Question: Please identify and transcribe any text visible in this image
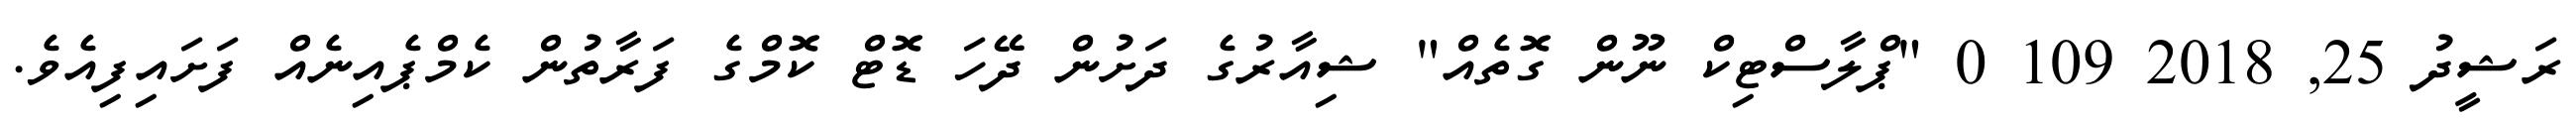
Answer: ރަޝީދު 25, 2018 109 0 "ޕްލާސްޓިކް ނޫން ގޮތެއް" ޝިއާރުގެ ދަށުން ދޭހަ ޑޮޓް ކޮމްގެ ފަރާތުން ކެމްޕެއިނެއް ފަށައިފިއެވެ.